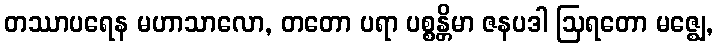
တဿာပရေန မဟာသာလော, တတော ပရာ ပစ္စန္တိမာ ဇနပဒါ ဩရတော မဇ္ဈေ,